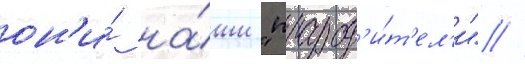
он'и́ на́ши "прарод'и́т'ел'и" //